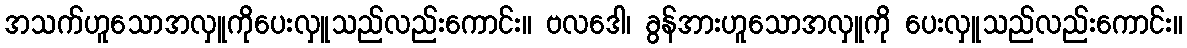
အသက်ဟူသောအလှူကိုပေးလှူသည်လည်းကောင်း။ ဗလဒေါ၊ ခွန်အားဟူသောအလှူကို ပေးလှူသည်လည်းကောင်း။